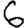
Digit: 6